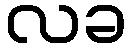
လခ